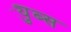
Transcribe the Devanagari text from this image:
ट्युब्स